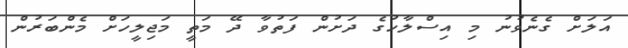
އަލަށް ގެނެވުނު މި އިސްލާހުގެ ދަށުން ފަތުވާ ދޭ މަތީ މަޖިލީހަށް މެންބަރުން